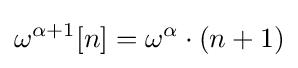
\omega ^{\alpha +1}[n]=\omega ^{\alpha }\cdot (n+1)